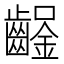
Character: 𨰒